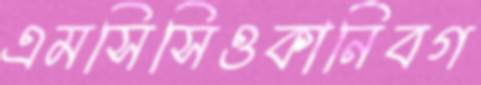
এমসিসিওকানিবগ